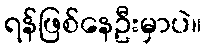
ရန်ဖြစ်နေဦးမှာပဲ။